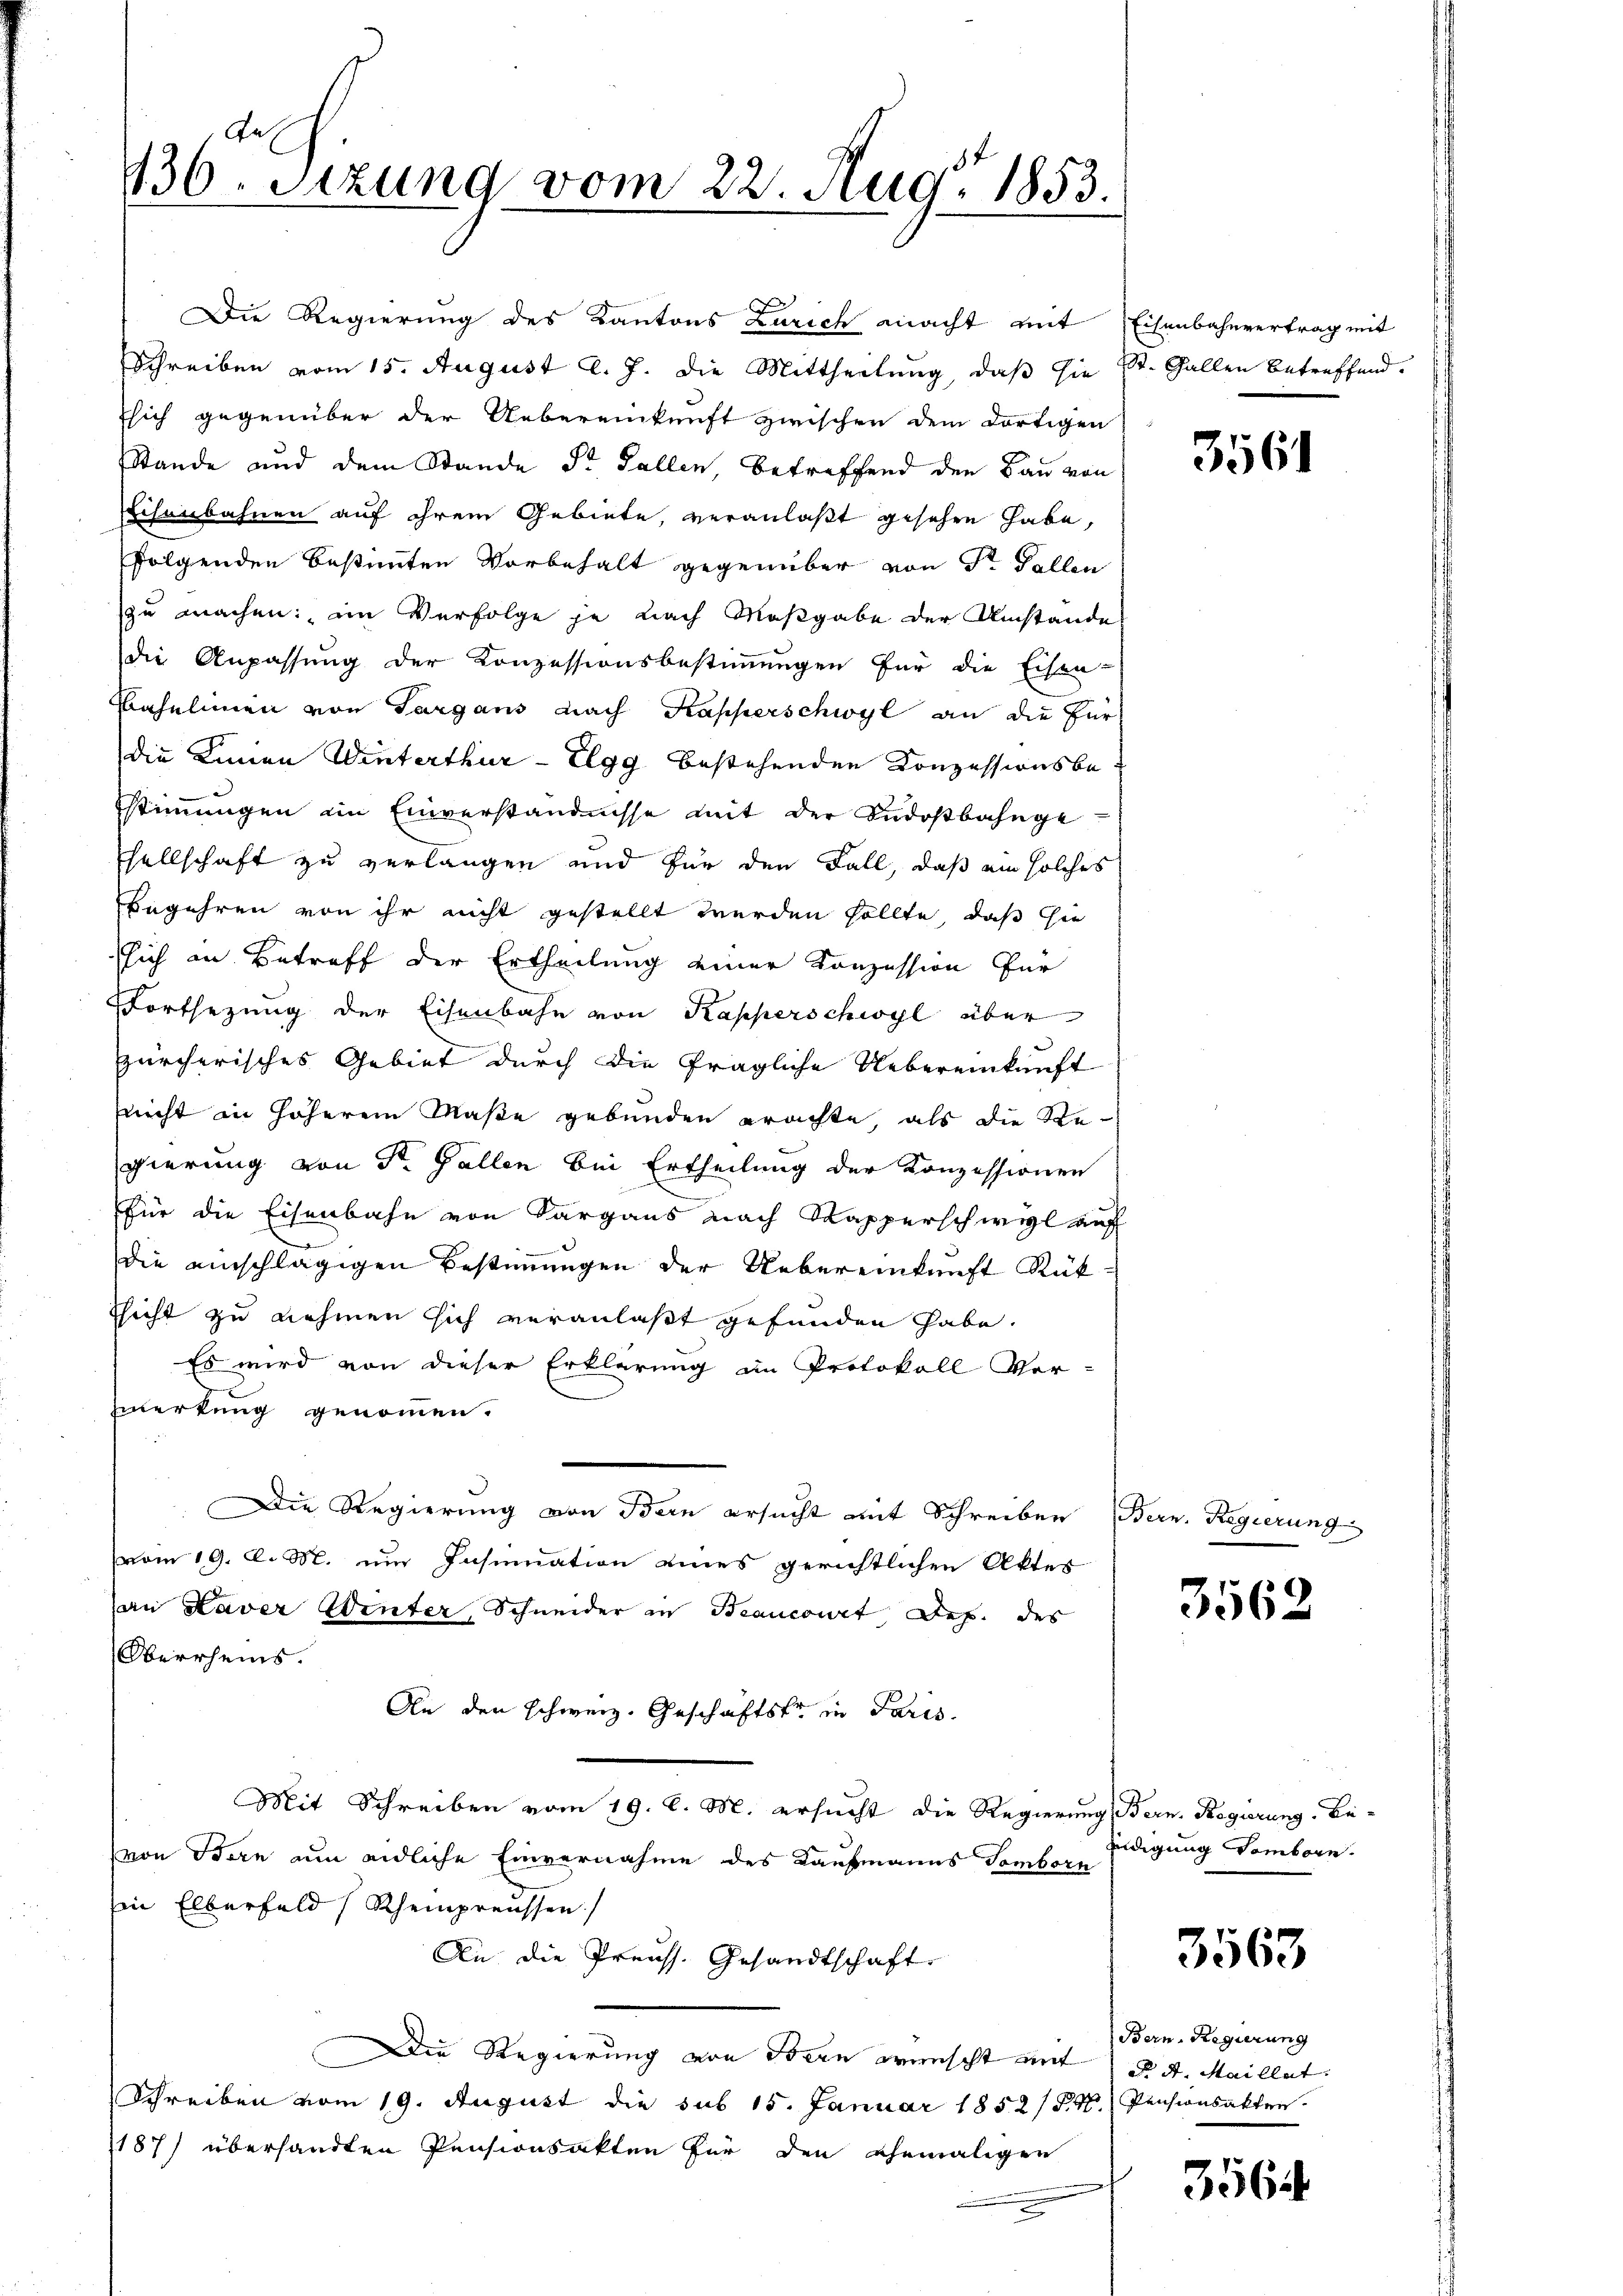
Gal
136. Sitzung vom 22. Aug. 1853.

Stande und dem Stande Dr. Fallen, betreffend den Bau von
Eisenbahnen auf ihrem Gebiete, veranlaßt gesehen habe,
folgenden bestimmten Vorbehalt gegenüber von Dr. Fallen
zu machen: im Verfolge je nach Maßgabe der Umstände
die Anpassung der Konzessionsbestimmungen für die Eisen-
Bahnlinien von Sargans nach Kapperschwyl an die für
die Linien Winterthur–Elgg bestehenden Konzessionsbestimmungen im Einverständnisse mit der Südostbahnge
sellschaft zu verlangen und für den Fall, daß ein solches
Begehren von ihr nicht gestellt werden sollte, daß hie
sich in Betreff der Ertheilung einer Konzession für
Fortsezung der Eisenbahn von Kapperschwyl über
zürcherisches Gebiet durch die fragliche Uebereinkunft
nicht in höherem Maße gebunden erachte, als die Re-
gierung von Sr. Gallen bei Ertheilung der Konzessionen
für die Eisenbahn von Sargaus nach Kapperschwyl auf
die einschlägigen Bestimmungen der Uebereinkunft Rükssicht zu nehmen sich veranlaßt gefunden habe.
Es wird von dieser Erklärung im Protokoll Ver-
zwerkung genommen.
Die Regierung von Bern ersucht mit Schreiben Bern. Regierung
vom 19. d. M. um Insinuation eines gerichtlichen Aktes
an Haver Winter, Schneider in Beanconat Jes. des
Oberrheins.
An der schweiz. Geschäftsfr. in Paris
Mit Schreiben vom 19. d. M. ersucht die Regierung Bern. Regierung. Bei-
von Idern um endliche Einvernahme des Kaufmanns Tamborn
in Elberfeld (Rheinpreussen.
An die Preuss. Gesandtschaft
Die Regierung von Bern wünscht mit § 4. Maillat
Schreiben vom 19. August die sub 15. Januar 1852/F.M. Pensionsakten.
187) übersandten Pensionsakten für den ehemaligen
e

d
Die Regierung des Kantons Zürich macht mit Eisenbahnvertrag mit
Schreiben vom 15. August l. J. die Mittheilung, daß sie St. Gallen betreffend.
Esich gegenüber der Uebereinkunft zwischen dem dortigen

3561

3562

indigung vomborn.

3563

Bern-Regierung

356